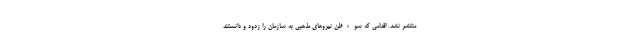
منتشر نشد. اقدامی که سوءظن نیروهای مذهبی به سازمان را زدود و دانستند